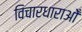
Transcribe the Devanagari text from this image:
विचारधाराओँ